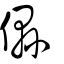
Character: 𠐴